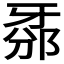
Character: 𤘊